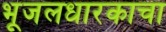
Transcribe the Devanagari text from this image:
भूजलधारकाचा